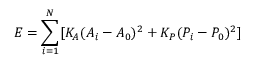
E = \sum _ { i = 1 } ^ { N } [ K _ { A } ( A _ { i } - A _ { 0 } ) ^ { 2 } + K _ { P } ( P _ { i } - P _ { 0 } ) ^ { 2 } ]